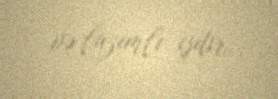
və lazımlı işdir.